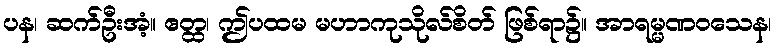
ပန၊ ဆက်ဦးအံ့။ ဧတ္ထ၊ ဤပထမ မဟာကုသိုလ်စိတ် ဖြစ်ရာ၌။ အာရမ္မဏဝသေန၊